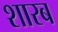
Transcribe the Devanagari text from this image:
शारब